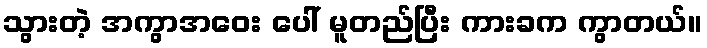
သွားတဲ့ အကွာအဝေး ပေါ် မူတည်ပြီး ကားခက ကွာတယ်။